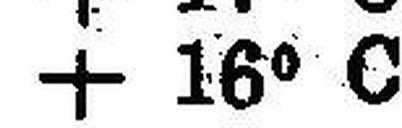
+ 16° C